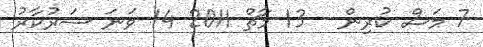
7 މަސް ކުރިން - 13 މާޗް 2011 14 ވަނަ ސަރުކާރު